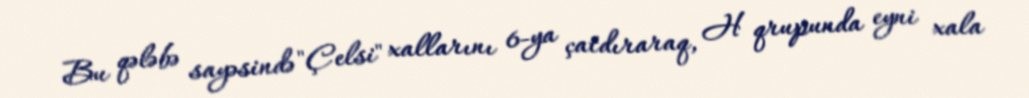
Bu qələbə sayəsində "Çelsi" xallarını 6-ya çatdıraraq, H qrupunda eyni xala